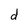
Character: d